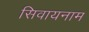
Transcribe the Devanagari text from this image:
सिवायनाम